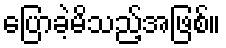
ပြောခဲ့မိသည့်အဖြစ်။